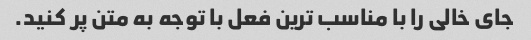
جای خالی را با مناسب ترین فعل با توجه به متن پر کنید.